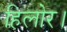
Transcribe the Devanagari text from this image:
हिलोर।